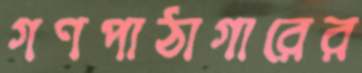
গণপাঠাগারের